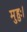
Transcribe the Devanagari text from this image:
मुहुः।